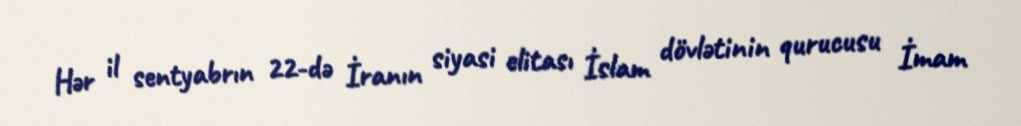
Hər il sentyabrın 22-də İranın siyasi elitası İslam dövlətinin qurucusu İmam